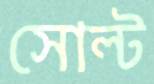
সোল্ট